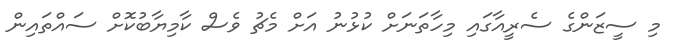
މި ސީޒަންގެ ސެރީއާގައި މިހާތަނަށް ކުޅުނު އަށް މެޗު ވެސް ކާމިޔާބުކޮށް ސައްތައިން